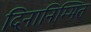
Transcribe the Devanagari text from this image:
दिनानिम्मित